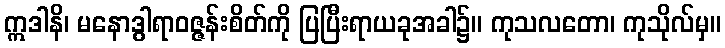
ဣဒါနိ၊ မနောဒွါရာဝဇ္ဇန်းစိတ်ကို ပြပြီးရာယခုအခါ၌။ ကုသလတော၊ ကုသိုလ်မှ။